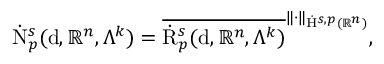
\begin{array} { r } { \dot { \mathrm { N } } _ { p } ^ { s } ( \mathrm { d } , \mathbb { R } ^ { n } , \Lambda ^ { k } ) = \overline { { \dot { \mathrm { R } } _ { p } ^ { s } ( \mathrm { d } , \mathbb { R } ^ { n } , \Lambda ^ { k } ) } } ^ { \lVert \cdot \rVert _ { \dot { \mathrm { H } } ^ { s , p } ( \mathbb { R } ^ { n } ) } } \mathrm { , ~ } } \end{array}